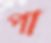
পা